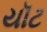
યૉટ